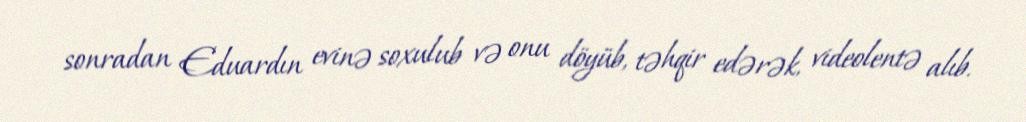
sonradan Eduardın evinə soxulub və onu döyüb, təhqir edərək, videolentə alıb.